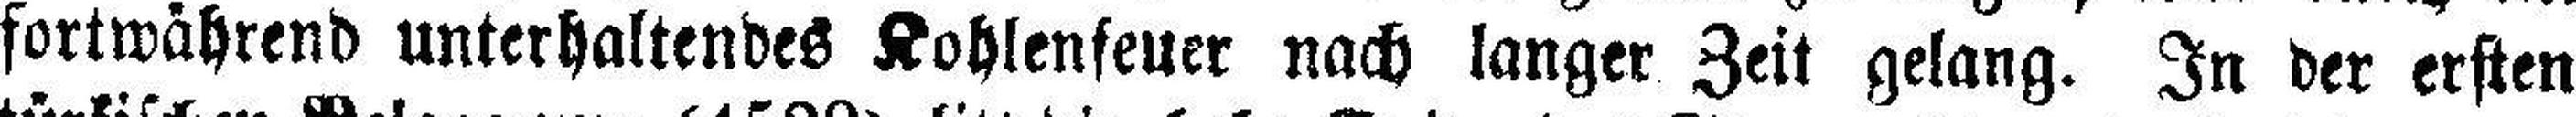
fortwährend unterhaltendes Kohlenfeuer nach langer Zeit gelang. In der ersten